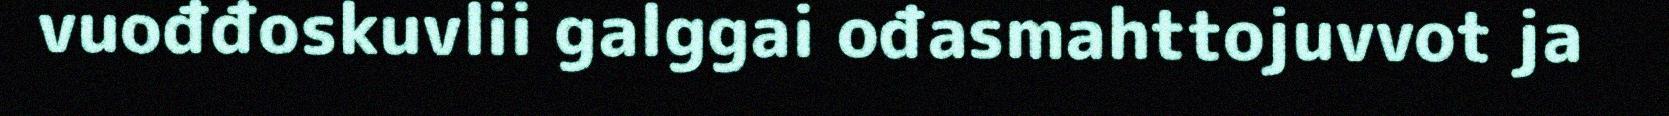
vuođđoskuvlii galggai ođasmahttojuvvot ja